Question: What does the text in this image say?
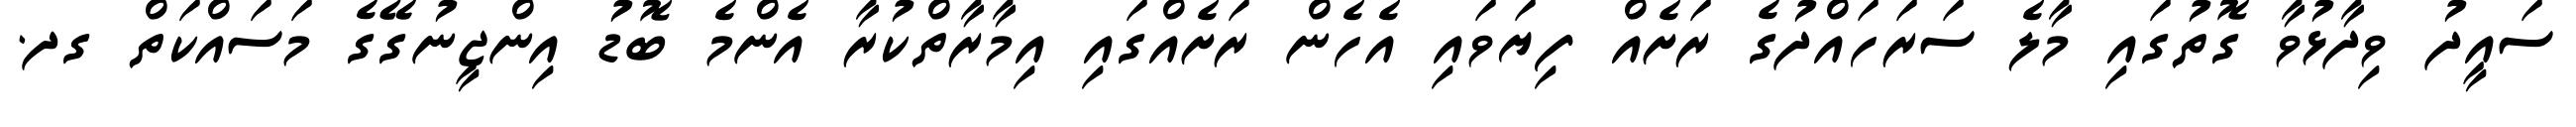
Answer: ސައީދު ވިދާޅުވާ ގޮތުގައި މާލެ ސަރަހައްދުގެ ރަށެއް ފިޔަވައި އެހެން ރަށެއްގައި އިމާރާތްކުރާ އެންމެ ބޮޑު އިންޖީނުގޭގެ މަސައްކަތް ގދ.